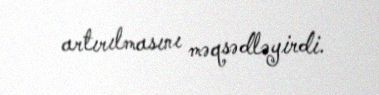
artırılmasını məqsədləyirdi.